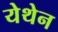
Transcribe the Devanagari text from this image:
येथेन